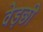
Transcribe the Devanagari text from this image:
वेड़छी